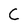
Character: C